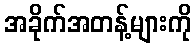
အခိုက်အတန့်များကို